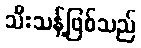
သီးသန့်ဖြစ်သည်